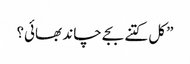
”کل کتنے بجے چاند بھائی؟